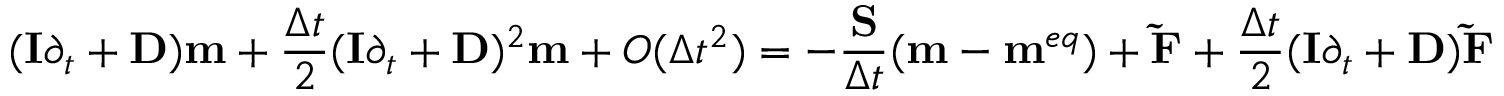
( { \bf { I } } { \partial _ { t } } + { \bf { D } } ) { \bf { m } } + \frac { { \Delta t } } { 2 } { ( { \bf { I } } { \partial _ { t } } + { \bf { D } } ) ^ { 2 } } { \bf { m } } + O ( \Delta { t ^ { 2 } } ) = - \frac { { \bf { S } } } { { \Delta t } } ( { \bf { m } } - { { \bf { m } } ^ { e q } } ) + { \bf { \tilde { F } } } + \frac { { \Delta t } } { 2 } ( { \bf { I } } { \partial _ { t } } + { \bf { D } } ) { \bf { \tilde { F } } }